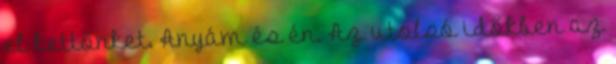
el kettőnket. Anyám és én. Az utolsó időkben az